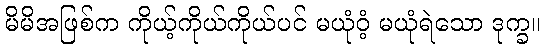
မိမိအဖြစ်က ကိုယ့်ကိုယ်ကိုယ်ပင် မယုံဝံ့ မယုံရဲသော ဒုက္ခ။